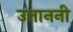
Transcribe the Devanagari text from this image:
उत्ताननी